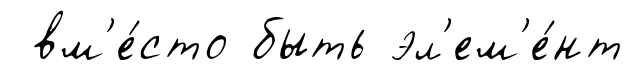
вм'е́сто быть эл'ем'е́нт